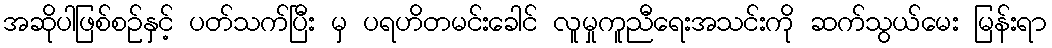
အဆိုပါဖြစ်စဉ်နှင့် ပတ်သက်ပြီး မှ ပရဟိတမင်းခေါင် လူမှုကူညီရေးအသင်းကို ဆက်သွယ်မေး မြန်းရာ